Lunatic asylums Madras 1892-1911 - 1892-1911
Year: 1892
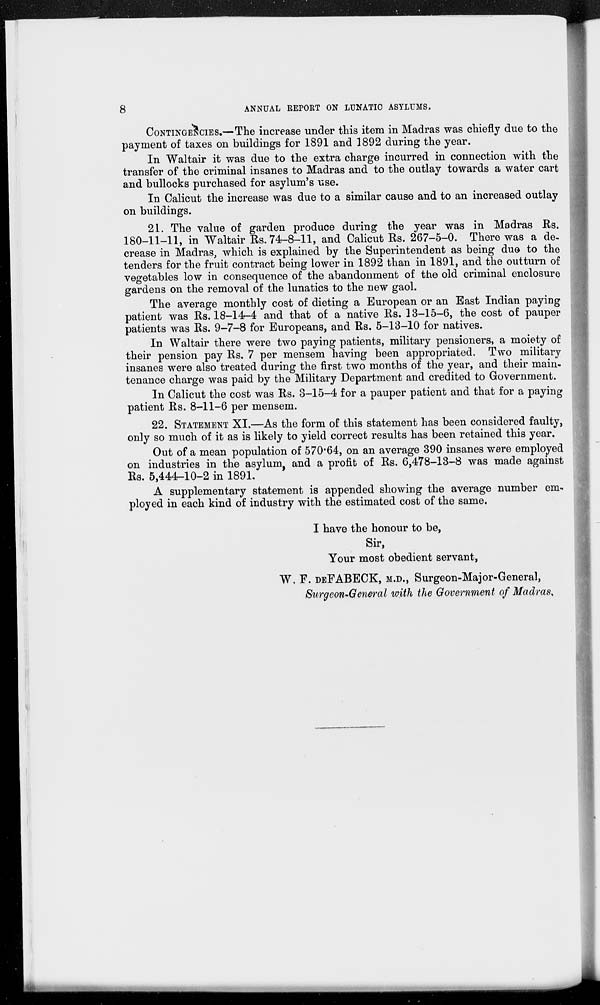
8
ANNUAL REPORT ON LUNATIC ASYLUMS.
CONTINGENCIES,—The increase under this item in Madras was chiefly due to the
payment of taxes on buildings for 1891 and 1892 during the year.
In Waltair it was due to the extra charge incurred in connection with the
transfer of the criminal insanes to Madras and to the outlay towards a water cart
and bullocks purchased for asylum's use.
In Calicut the increase was due to a similar cause and to an increased outlay
on buildings.
21. The value of garden produce during the year was in Madras Rs.
180-11-11, in Waltair Rs. 74-8-11, and Calicut Rs. 267-5-0. There was a de-
crease in Madras, which is explained by the Superintendent as being due to the
tenders for the fruit contract being lower in 1892 than in 1891, and the outturn of
vegetables low in consequence of the abandonment of the old criminal enclosure
gardens on the removal of the lunatics to the new gaol.
The average monthly cost of dieting a European or an East Indian paying
patient was Rs. 18-14-4 and that of a native Rs. 13-15-6, the cost of pauper
patients was Rs. 9-7-8 for Europeans, and Rs. 5-13-10 for natives.
In Waltair there were two paying patients, military pensioners, a moiety of
their pension pay Rs. 7 per mensem having been appropriated. Two military
insanes were also treated during the first two months of the year, and their main-
tenance charge was paid by the Military Department and credited to Government.
In Calicut the cost was Rs. 3-15-4 for a pauper patient and that for a paying
patient Rs. 8-11-6 per mensem.
22. STATEMENT XI.—As the form of this statement has been considered faulty,
only so much of it as is likely to yield correct results has been retained this year.
Out of a mean population of 570.64, on an average 390 insanes were employed
on industries in the asylum, and a profit of Rs. 6,478-13-8 was made against
Rs. 5,444-10-2 in 1891.
A supplementary statement is appended showing the average number em-
ployed in each kind of industry with the estimated cost of the same.
I have the honour to be,
Sir,
Your most obedient servant,
W. F. DEFABECK, M.D., Surgeon-Major-General,
Surgeon-General with the Government of Madras.